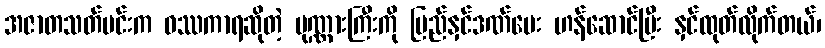
အဇာတသတ်မင်းက ဝဿကာရဆိုတဲ့ ပုဏ္ဏားကြီးကို ပြည်နှင်ဒဏ်ပေး ဟန်ဆောင်ပြီး နှင်ထုတ်လိုက်တယ်၊